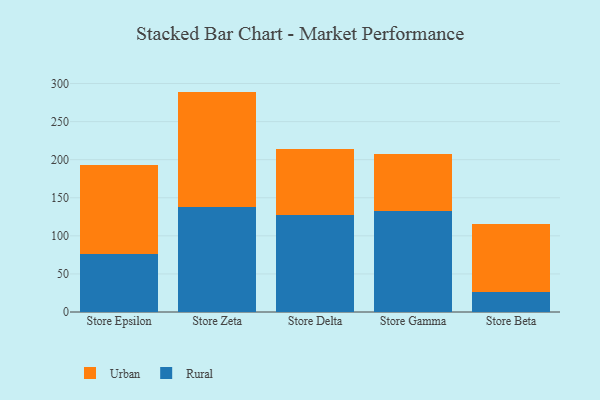
{"axis": {"x": "Store", "y": "Bounce Rate (%)"}, "legend": ["Rural", "Urban"], "data": [{"x": "Store Epsilon", "y": 76.2, "type": "Rural"}, {"x": "Store Epsilon", "y": 116.4, "type": "Urban"}, {"x": "Store Zeta", "y": 138.0, "type": "Rural"}, {"x": "Store Zeta", "y": 151.4, "type": "Urban"}, {"x": "Store Delta", "y": 128.0, "type": "Rural"}, {"x": "Store Delta", "y": 86.6, "type": "Urban"}, {"x": "Store Gamma", "y": 133.0, "type": "Rural"}, {"x": "Store Gamma", "y": 74.0, "type": "Urban"}, {"x": "Store Beta", "y": 26.0, "type": "Rural"}, {"x": "Store Beta", "y": 90.2, "type": "Urban"}]}